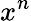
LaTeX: x^{n}